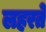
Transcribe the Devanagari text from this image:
लहरते